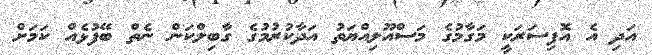
އަދި އެ އޮފިސަރަކީ މަގާމުގެ މަސްއޫލިއްޔަތު އަދާކުރުމުގެ ގާބިލްކަން ނެތް ބޭފުޅެއް ކަމަށް